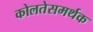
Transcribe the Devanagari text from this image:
कोलतेसमर्थक